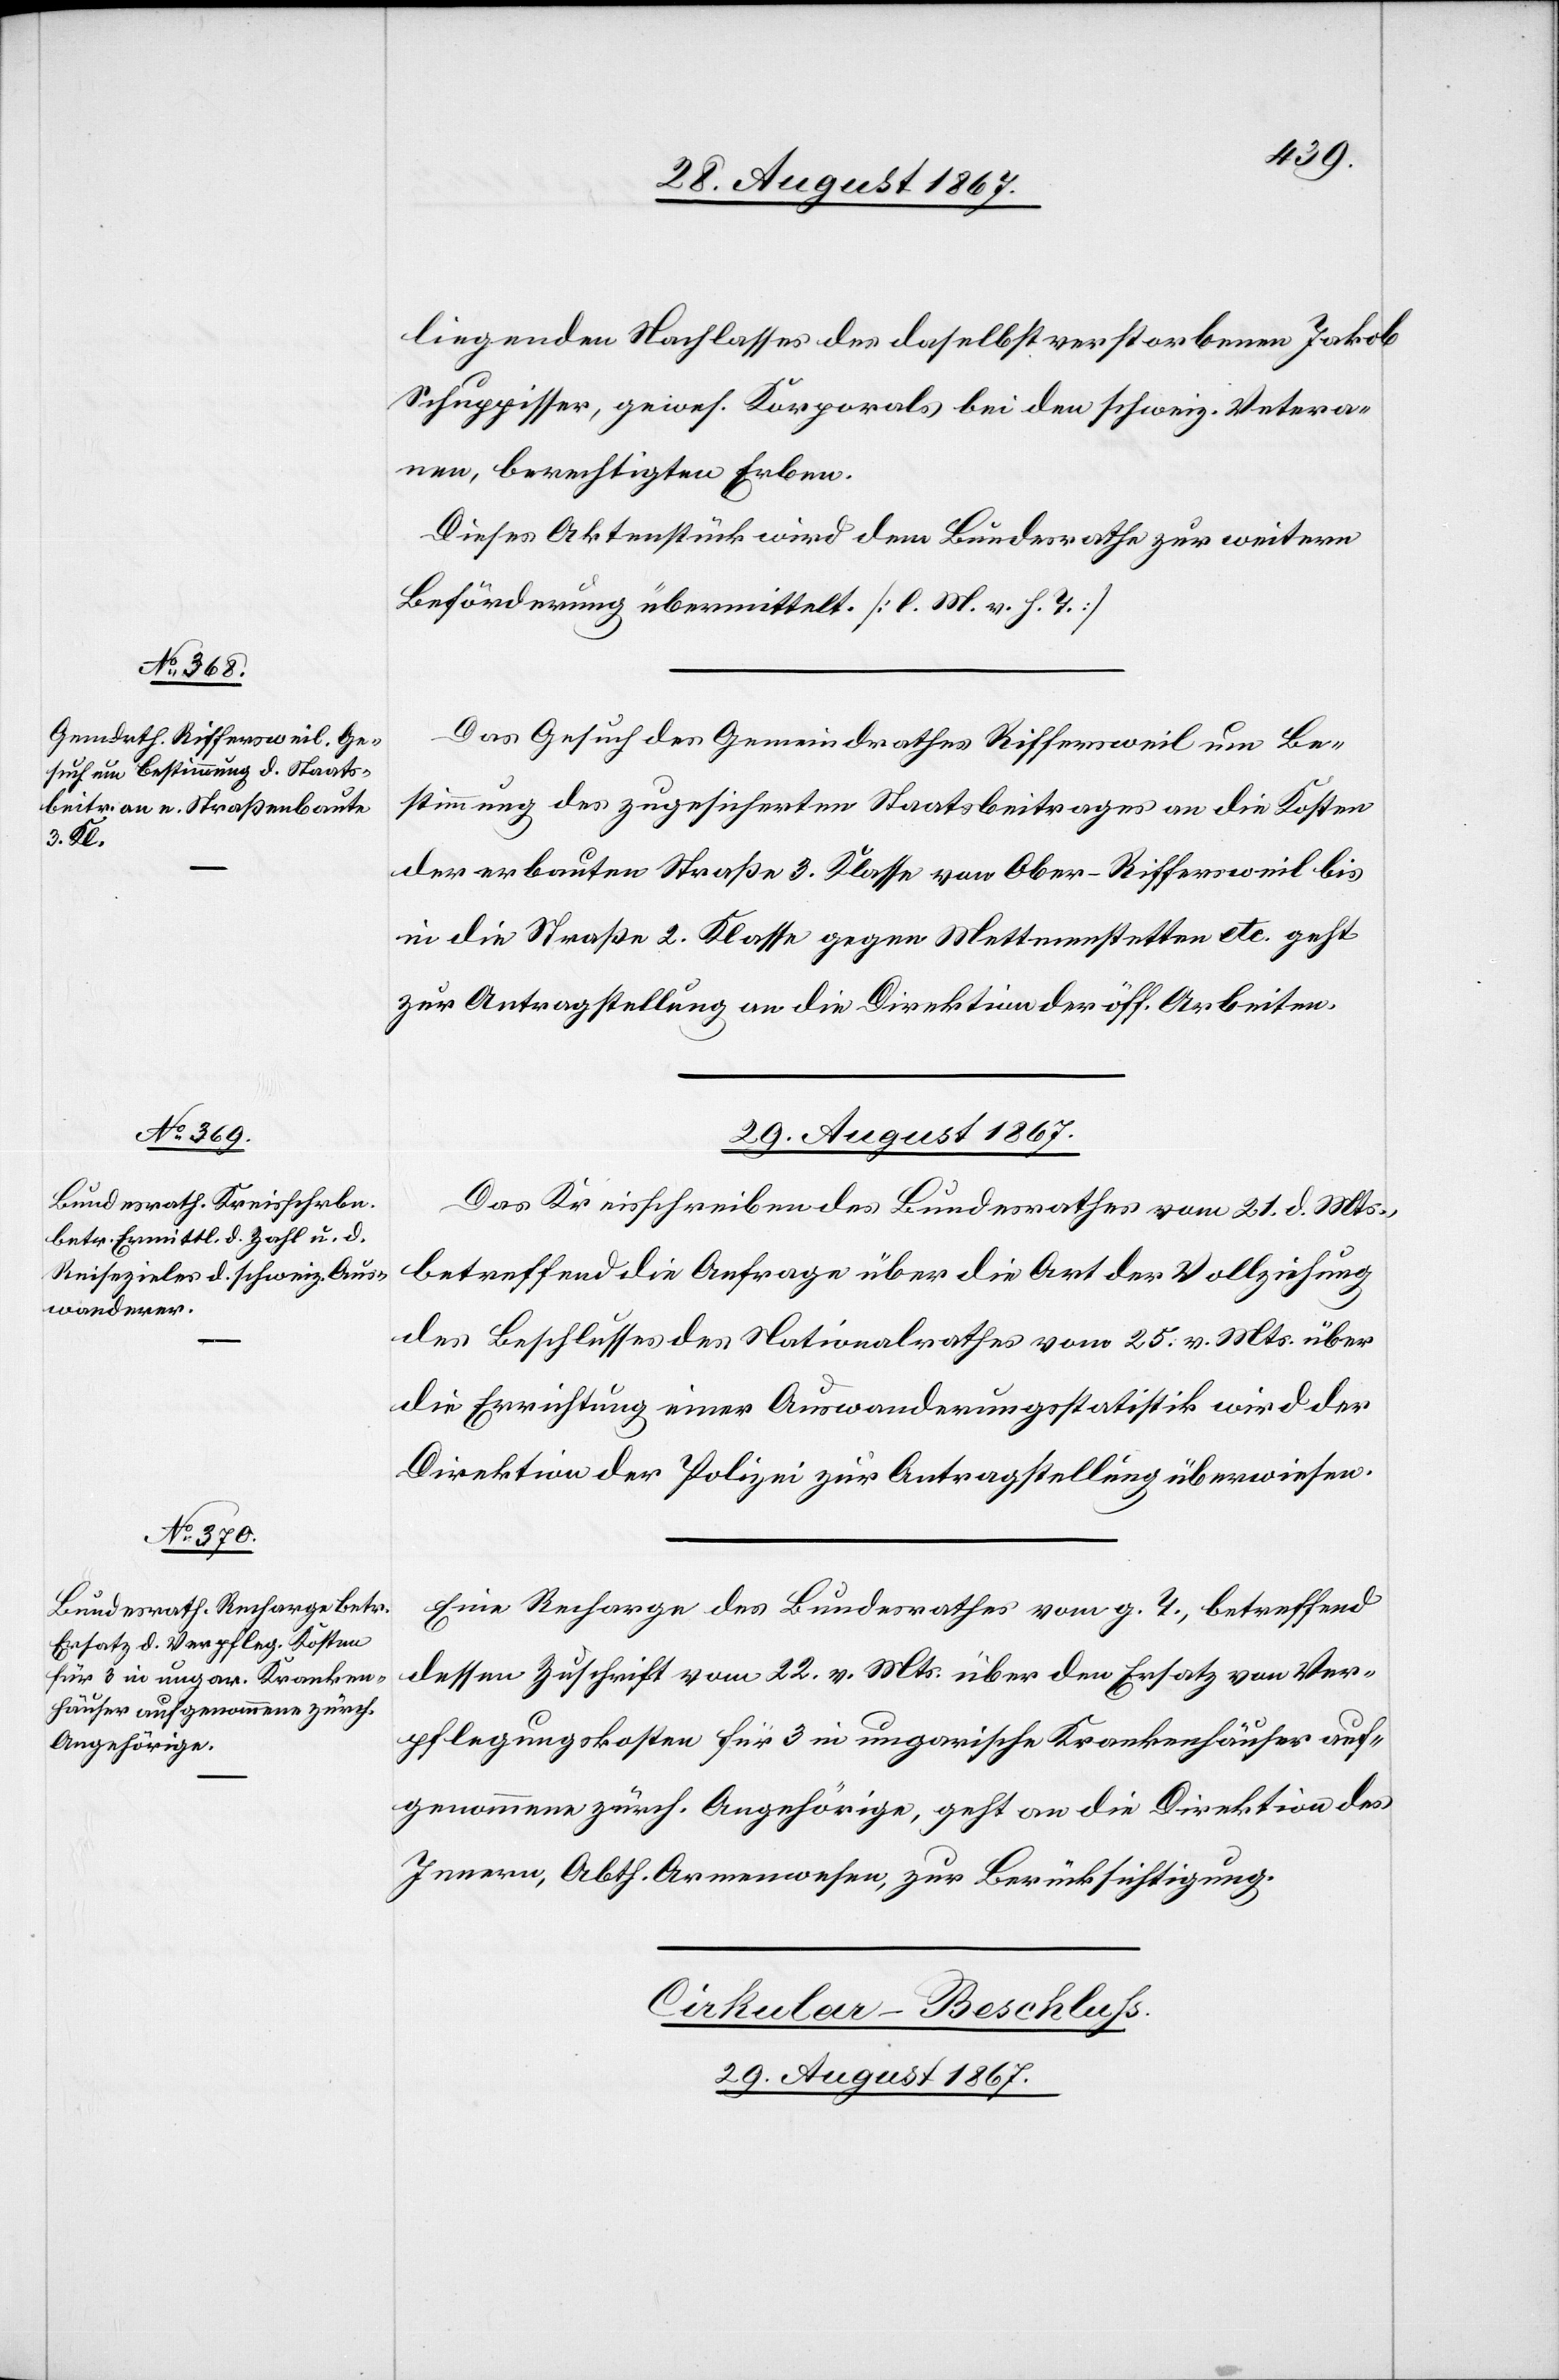
28. August 1867.]
liegenden Nachlasses des daselbst verstorbenen Jakob
Schuppisser, gewes. Korporals bei den schweiz. Vetera¬
nen, berechtigten Erben.
Dieses Aktenstück wird dem Bundesrathe zur weitern
Beförderung übermittelt. [l. M. v. h. T.]
Das Gesuch des Gemeindrathes Riffersweil um Be¬
stimmung des zugesicherten Staatsbeitrages an die Kosten
der erbauten Straße 3. Klasse von Ober-Riffersweil bis
in die Straße 2. Klasse gegen Mettmenstetten etc. geht
zur Antragstellung an die Direktion der öff. Arbeiten.
Das Kreisschreiben des Bundesrathes vom 21. d. Mts.
betreffend die Anfrage über die Art der Vollziehung
des Beschlusses des Nationalrathes vom 25. v. Mts. über
die Errichtung einer Auswanderungsstatistik wird der
Direktion der Polizei zur Antragstellung überwiesen.
Eine Recharge des Bundesrathes vom g. T., betreffend
dessen Zuschrift vom 22. v. Mts. über den Ersatz von Ver¬
pflegungskosten für 3 in ungarische Krankenhäuser auf¬
genommene zürch. Angehörige, geht an die Direktion des
Innern, Abth. Armenwesen, zur Berücksichtigung.
Cirkular-Beschluß.
29. August 1867.